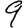
Digit: 9